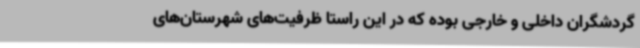
گردشگران داخلی و خارجی بوده که در این راستا ظرفیت‌های شهرستان‌های